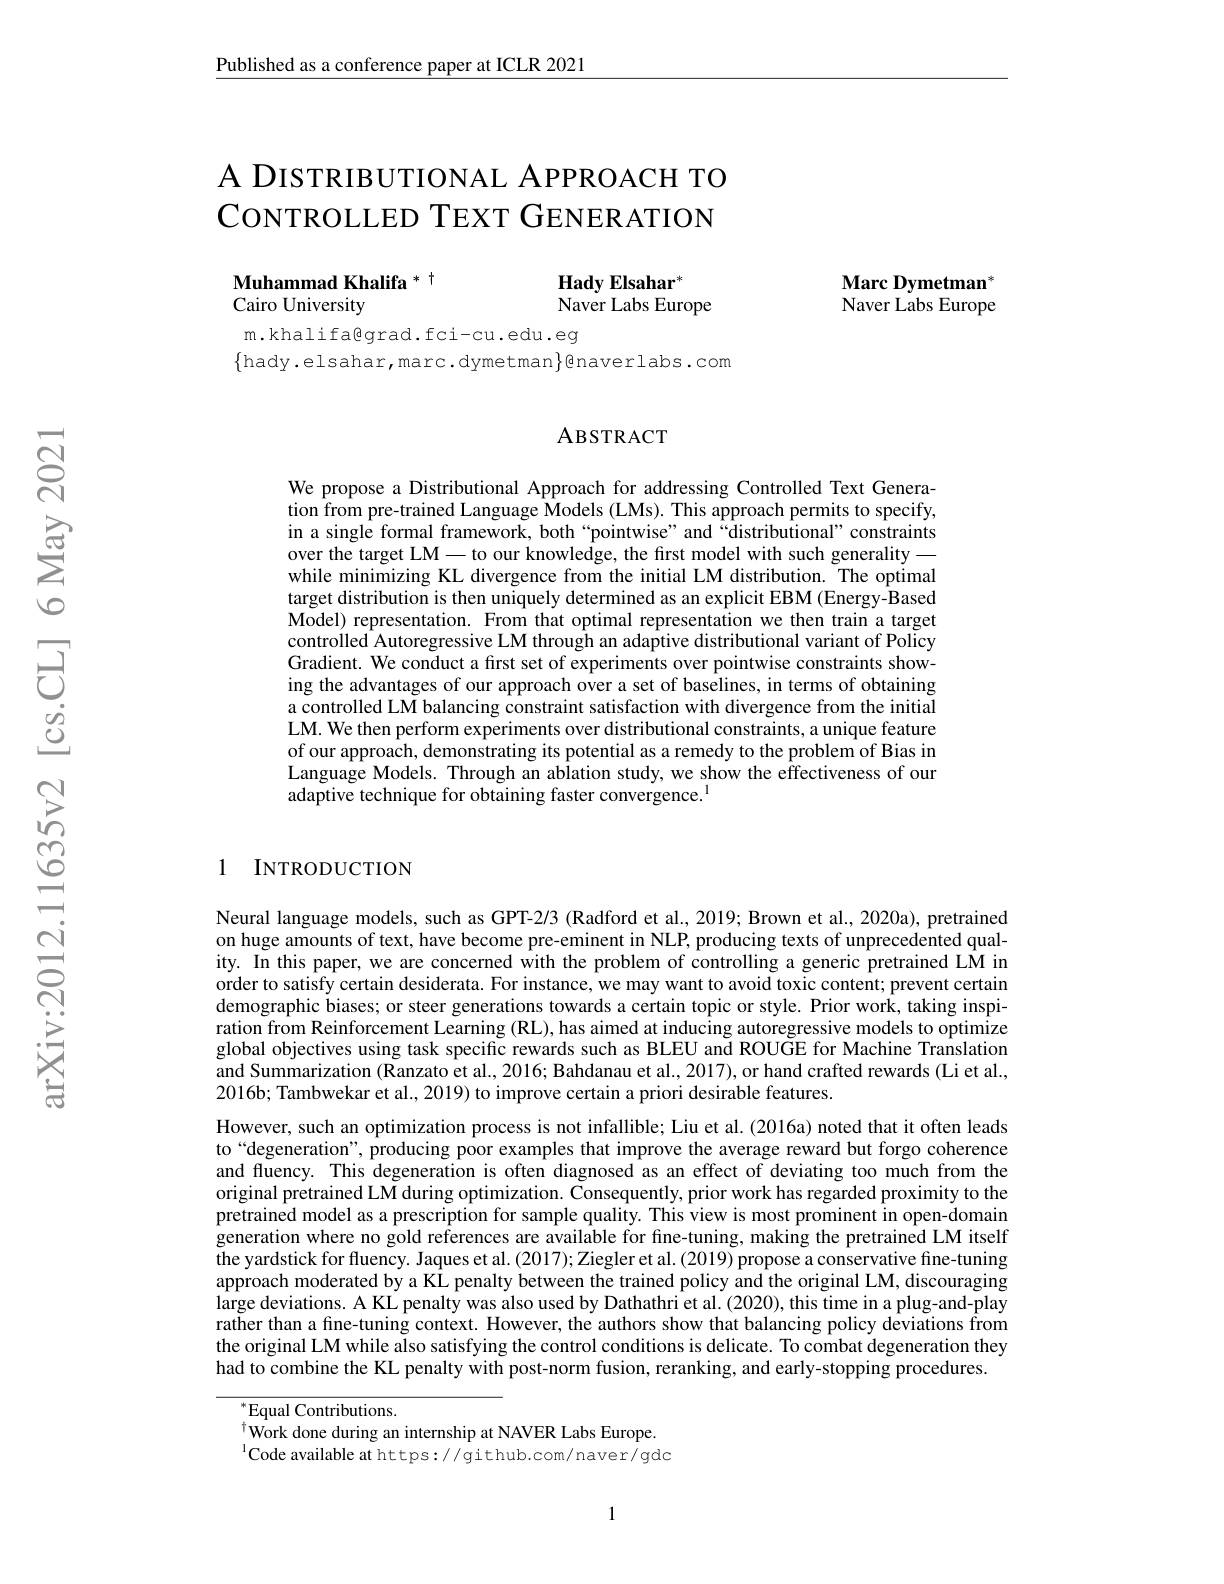
Published as a conference paper at ICLR 2021

# A DISTRIBUTIONAL APPROACH TO CONTROLLED TEXT GENERATION

$\textbf{Hady Elsahar}^{*}$
Naver Labs Europe

Muhammad Khalifa $^{*}$
Cairo University

m.khalifagrad.fci-cu.edu.eg
$\{$hady.elsahar,marc.dymetman$\}$@naverlabs.com

Marc Dymetman$^{*}$ Naver Labs Europe

### ABSTRACT

We propose a Distributional Approach for addressing Controlled Text Generation from pre-trained Language Models (LMs). This approach permits to specify, in a single formal framework, both “pointwise”and“distributional”constraints over the target LM— to our knowledge, the first model with such generality— while minimizing KL divergence from the initial LM distribution. The optimal target distribution is then uniquely determined as an explicit EBM (Energy-Based Model) representation. From that optimal representation we then train a target controlled Autoregressive LM through an adaptive distributional variant of Policy Gradient. We conduct a first set of experiments over pointwise constraints showing the advantages of our approach over a set of baselines, in terms of obtaining a controlled LM balancing constraint satisfaction with divergence from the initial LM. We then perform experiments over distributional constraints, a unique feature of our approach, demonstrating its potential as a remedy to the problem of Bias in Language Models. Through an ablation study, we show the effectiveness of our adaptive technique for obtaining faster convergence.$^{\mathrm{l}}$

### 1 INTRODUCTION

Neural language models, such as GPT-2/3 (Radford et al., 2019; Brown et al., 2020a), pretrained on huge amounts of text, have become pre-eminent in NLP, producing texts of unprecedented quality. In this paper, we are concerned with the problem of controlling a generic pretrained LÎM in order to satisfy certain desiderata. For instance, we may want to avoid toxic content; prevent certain demographic biases; or steer generations towards a certain topic or style. Prior work, taking inspiration from Reinforcement Learning (RL), has aimed at inducing autoregressive models to optimize global objectives using task specific rewards such as BLEU and ROUGE for Machine Translation and Summarization (Ranzato et al., 2016; Bahdanau et al., 2017), or hand crafted rewards (Li et al., 2016b; Tambwekar et al., 2019) to improve certain a priori desirable features.

However, such an optimization process is not infallible; Liu et al. (2016a) noted that it often leads to“degeneration”, producing poor examples that improve the average reward but forgo coherence and fluency. This degeneration is often diagnosed as an effect of deviating too much from the original pretrained LM during optimization. Čonsequently, prior work has regarded proximity to the pretrained model as a prescription for sample quality. This view is most prominent in open-domain generation where no gold references are available for fine-tuning, making the pretrained LM itself the yardstick for fluency. Jaques et al. (2017); Ziegler et al. (2019) propose a conservative fine-tuning approach moderated by a KL penalty between the trained policy and the original LM, discouraging large deviations. A KL penalty was also used by Dathathri et al. (2020), this time in a plug-and-play rather than a fine-tuning context. However, the authors show that balancing policy deviations from the original LM while also satisfying the control conditions is delicate. To combat degeneration they had to combine the KL penalty with post-norm fusion, reranking, and early-stopping procedures.

$^*$Equal Contributions.
$^{\dagger}$Work done during an internship at NAVER Labs Europe. $^{1}$Code available at https://github.com/naver/gdc

1